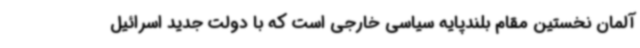
آلمان نخستین مقام بلندپایه سیاسی خارجی است که با دولت جدید اسرائیل